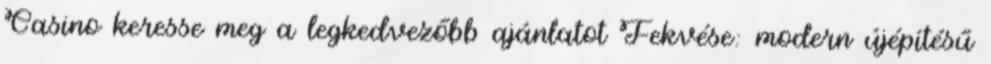
Casino keresse meg a legkedvezőbb ajánlatot Fekvése: modern újépítésű